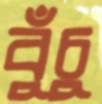
বুঁচু